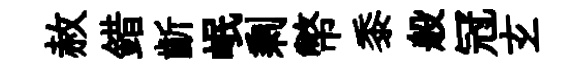
赦錯齗岷剩幣黍般冠𤣥